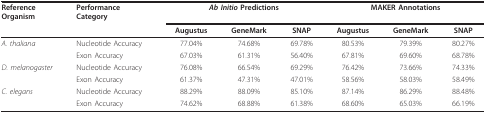
| ReferenceOrganism | PerformanceCategory | <COLSPAN=3> Ab Initio Predictions | <COLSPAN=3> MAKER Annotations |
 |  |  | Augustus | GeneMark | SNAP | Augustus | GeneMark | SNAP |
 | --- | --- | --- | --- | --- | --- | --- | --- |
 | A. thaliana | Nucleotide Accuracy | 77.04% | 74.68% | 69.78% | 80.53% | 79.39% | 80.27% |
 |  | Exon Accuracy | 67.03% | 61.31% | 56.40% | 67.81% | 69.60% | 68.78% |
 | D. melanogaster | Nucleotide Accuracy | 76.08% | 66.54% | 69.29% | 76.42% | 73.66% | 74.33% |
 |  | Exon Accuracy | 61.37% | 47.31% | 47.01% | 58.56% | 58.03% | 58.49% |
 | C. elegans | Nucleotide Accuracy | 88.29% | 88.09% | 85.10% | 87.14% | 86.29% | 88.48% |
 |  | Exon Accuracy | 74.62% | 68.88% | 61.38% | 68.60% | 65.03% | 66.19% |